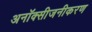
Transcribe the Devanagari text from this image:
अनॉक्सीजनीकरण